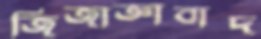
জিজাজ্ঞাবাদ